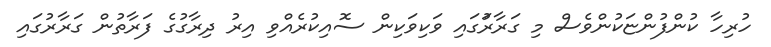
ހުރިހާ ކުންފުންޏަކުންވެސް މި ގަރާރުަގައި ވަކިވަކިން ސޮއިކުރެއްވި އިރު ދިރާގުގެ ފަރާތުން ގަރާރުގައި